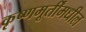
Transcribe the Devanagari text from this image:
कृष्णमूर्तींमधील